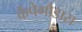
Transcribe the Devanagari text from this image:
केंपेगौडास